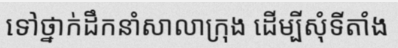
ទៅថ្នាក់ដឹកនាំសាលាក្រុង ដើម្បីសុំទីតាំង